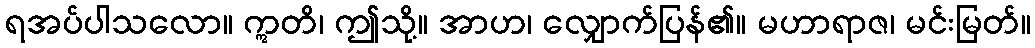
ရအပ်ပါသလော။ ဣတိ၊ ဤသို့။ အာဟ၊ လျှောက်ပြန်၏။ မဟာရာဇ၊ မင်းမြတ်။